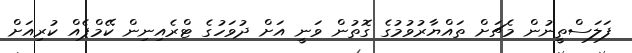
ފަލަސްތީނުން މެޗަށް ތައްޔާރުވުމުގެ ގޮތުން ވަނީ އަށް ދުވަހުގެ ޓްރެއިނިން ކޭމްޕެއް ކުރިއަށް